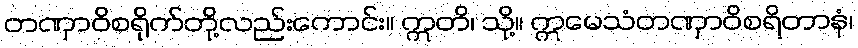
တဏှာဝိစရိုက်တို့လည်းကောင်း။ ဣတိ၊ သို့။ ဣမေသံတဏှာဝိစရိတာနံ၊